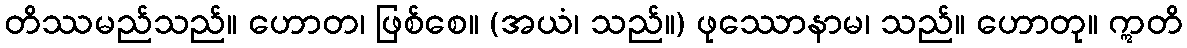
တိဿမည်သည်။ ဟောတ၊ ဖြစ်စေ။ (အယံ၊ သည်။) ဖုဿောနာမ၊ သည်။ ဟောတု။ ဣတိ